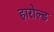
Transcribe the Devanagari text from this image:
हारोल्ड